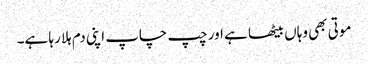
موتی بھی وہاں بیٹھا ہے اور چپ چاپ اپنی دم ہلا رہا ہے۔